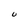
Character: U